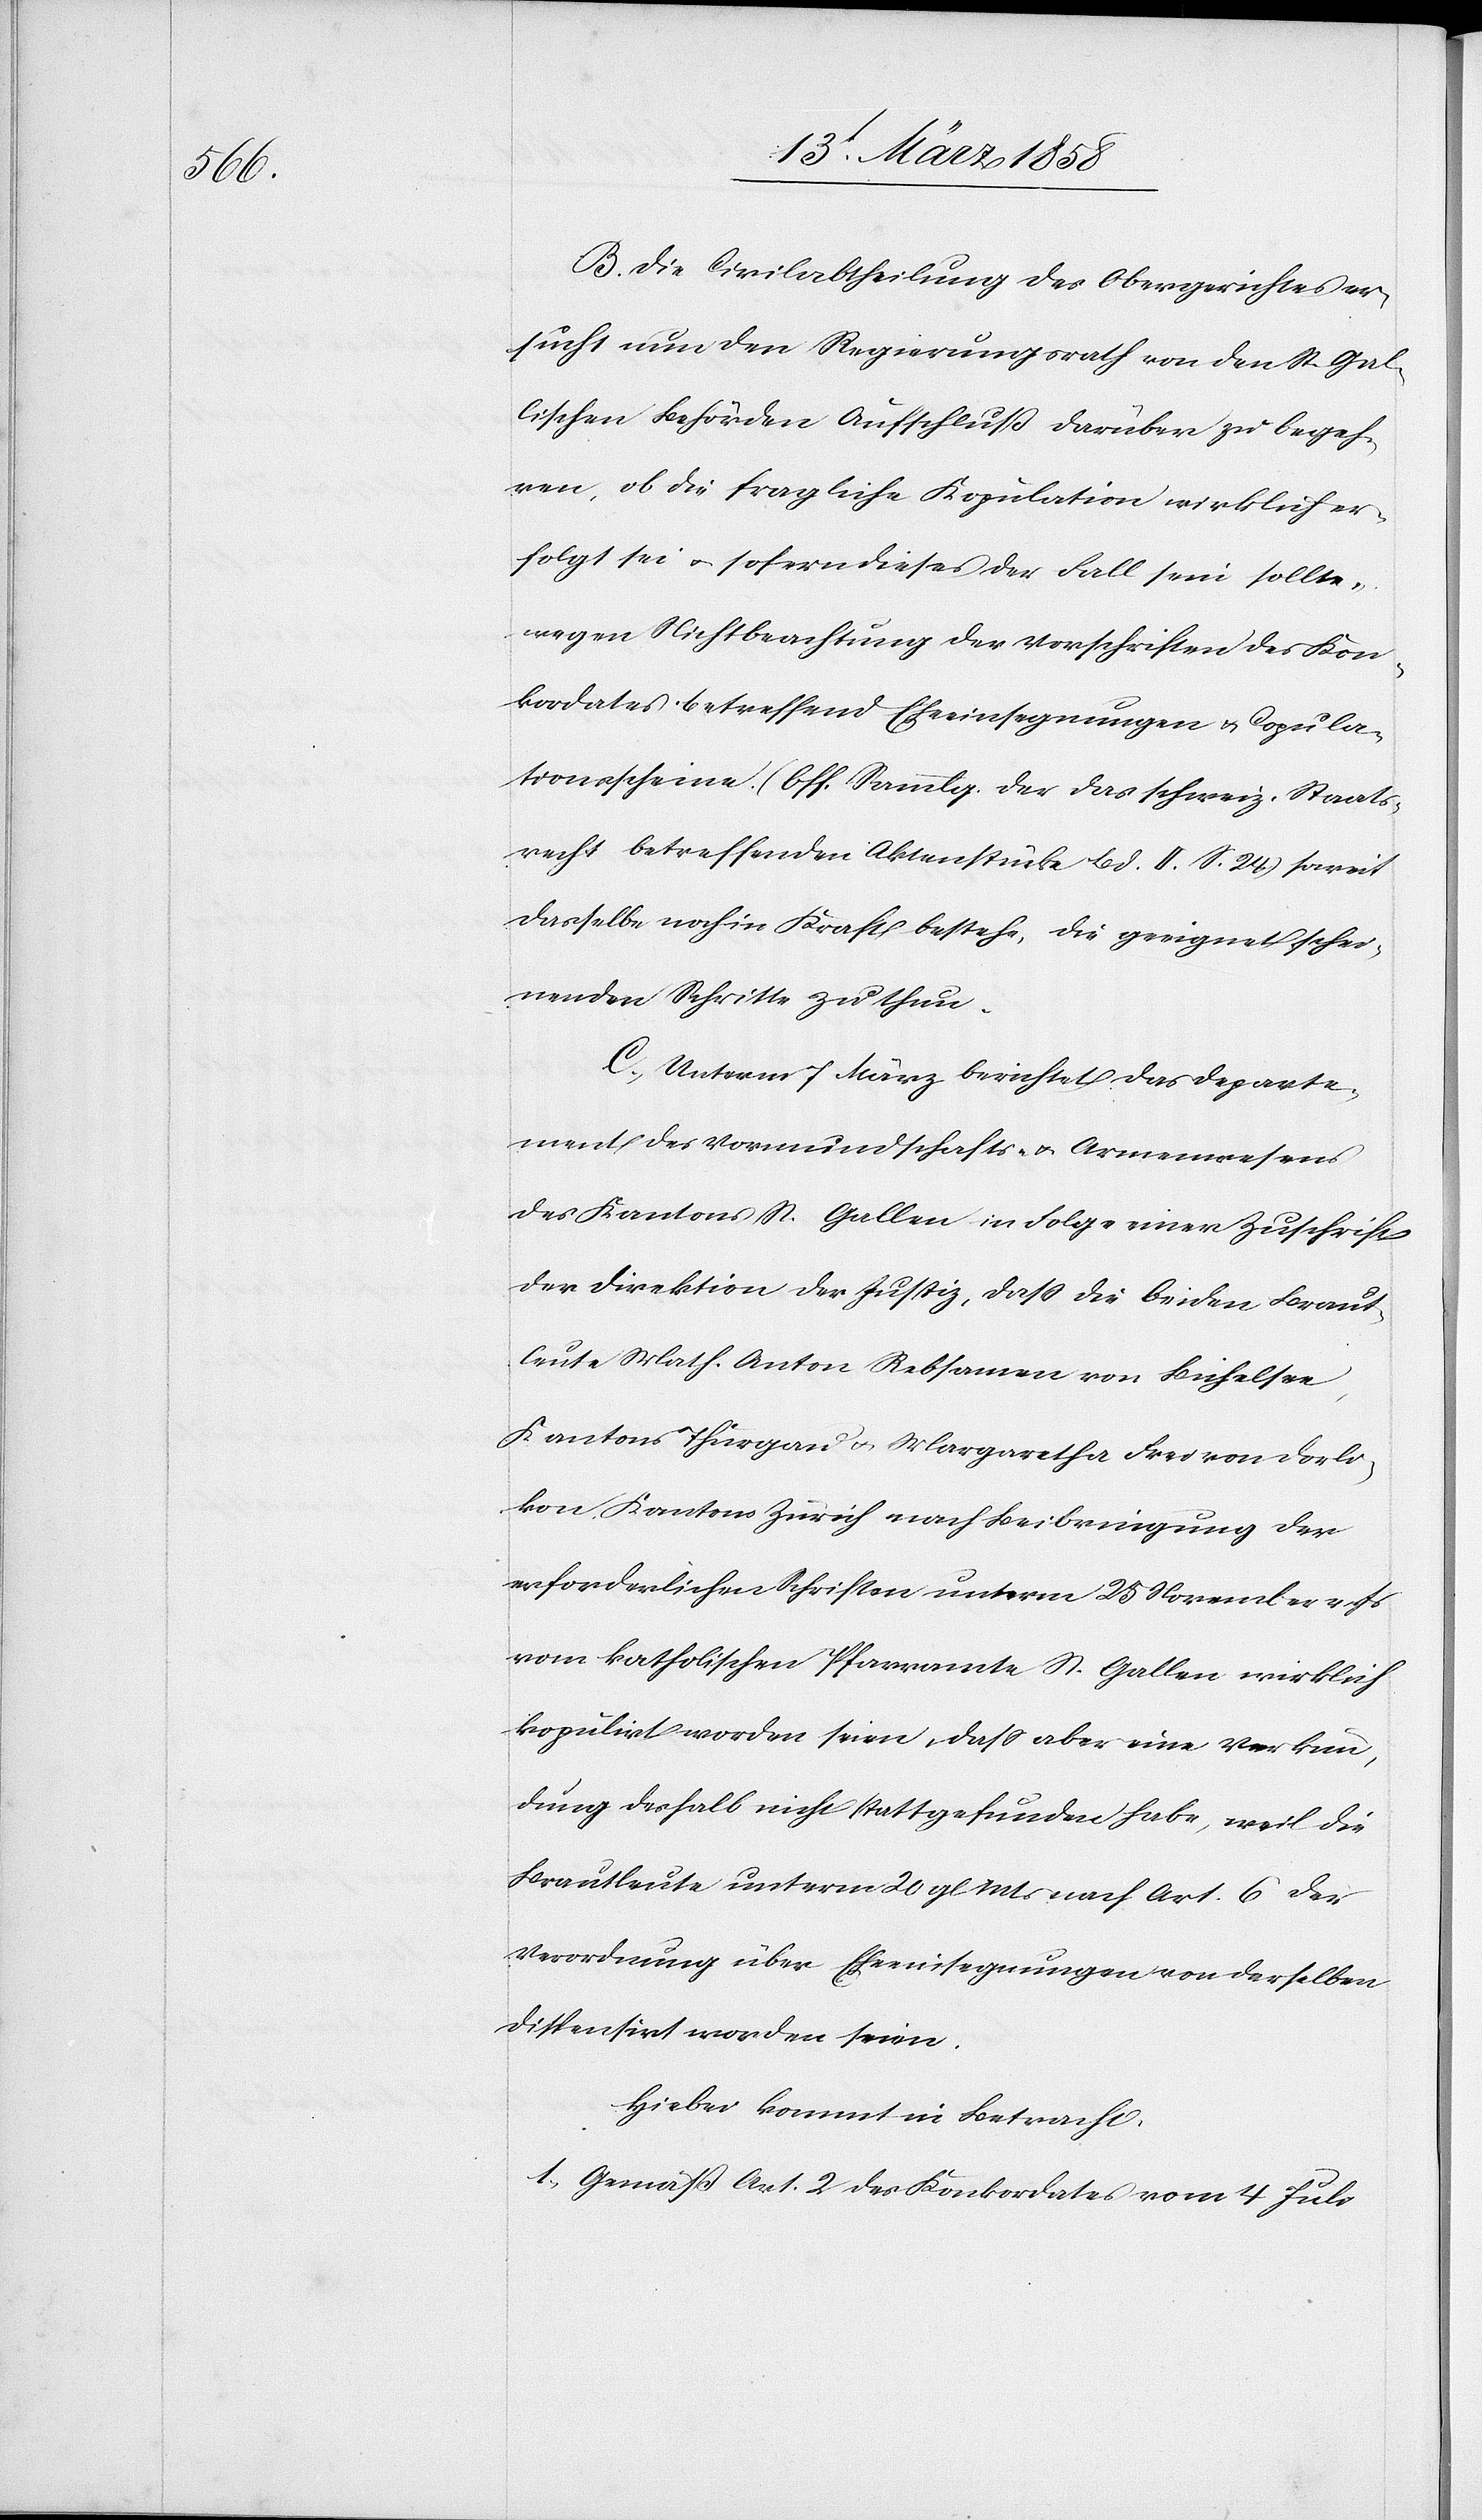
B. Die Civilabtheilung des Obergerichtes er¬
sucht nun den Regierungsrath von den St. Gal¬
lischen Behörden Aufschluß darüber zu begeh¬
ren, ob die fragliche Kopulation wirklich er¬
folgt sei u. sofern dieses der Fall sein sollte,
wegen Nichtbeachtung der Vorschriften des Kon¬
kordates betreffend Eheeinsegnungen u. Copula¬
tionsscheine (Off. Sammlg. der das schweiz. Staats¬
recht betreffenden Aktenstücke Bd. II S. 24) soweit
dasselbe noch in Kraft bestehe, die geeignet schei¬
nenden Schritte zu thun.
C. Unterm 7. März berichtetet das Departe¬
ment des Vormundschafts- u. Armenwesens
des Kantons St. Gallen in Folge einer Zuschrift
der Direktorin der Justiz, daß die beiden Braut¬
leute Math. Anton Rebsamen von Bichelsee,
Kantons Thurgau u. Margaretha Frei von Dorli¬
kon, Kantons Zürich nach Beibringung der
erforderlichen Schriften unterm 25. November v. Js.
vom katholischen Pfarramte St. Gallen wirklich
kopulirt worden seien, daß aber eine Verkün¬
dung deshalb nicht stattgefunden habe, weil die
Brautleute unterm 20. gl. Mts. nach Art. 6 der
Verordnung über Eheeinsegnungen von derselben
dispensirt worden seien.
Hiebei kommt in Betracht:
1. Gemäß Art. 2 des Konkordates vom 4. Juli